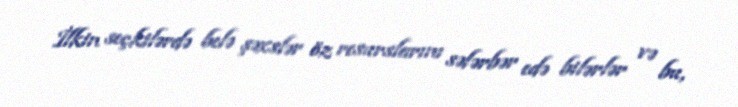
İlkin seçkilərdə belə şəxslər öz resurslarını səfərbər edə bilərlər və bu,